Quinine and its salts - Number 41
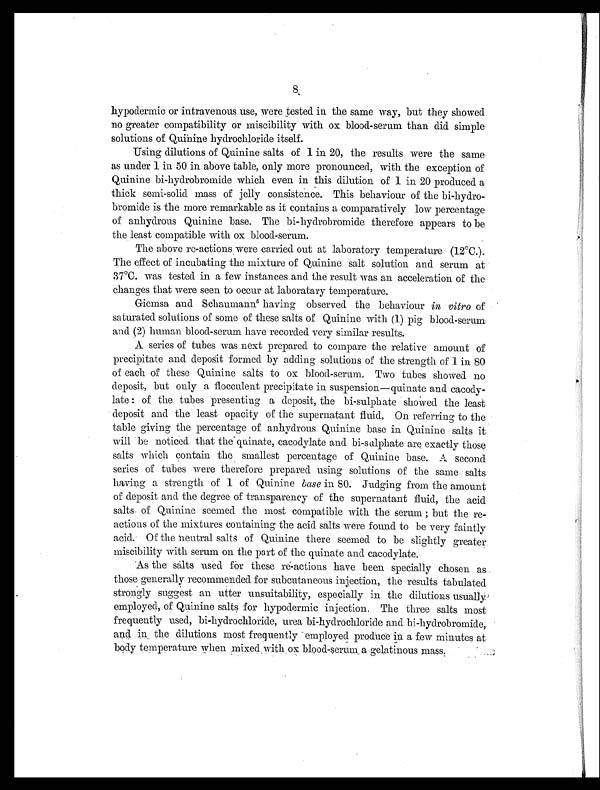
hypodermic or intravenous use, were tested in the same way, but they showed
no greater compatibility or miscibility with ox blood-serum than did simple
solutions of Quinine hydrochloride itself.
Using dilutions of Quinine salts of 1 in 20, the results were the same
as under 1 in 50 in above table, only more pronounced, with the exception of
Quinine bi-hydrobromide which even in this dilution of 1 in 20 produced a
thick semi-solid mass of jelly consistence. This behaviour of the bi-hydro-
bromide is the more remarkable as it contains a comparatively low percentage
of anhydrous Quinine base. The bi-hydrobromide therefore appears to be
the least compatible with ox blood-serum.
The above re-actions were carried out at laboratory temperature (12°C.).
The effect of incubating the mixture of Quinine salt solution and serum at
37°C. was tested in a few instances and the result was an acceleration of the
changes that were seen to occur at laboratory temperature.
Giemsa and Schaumann5 having observed the behaviour in vitro of
saturated solutions of some of these salts of Quinine with (1) pig blood-serum
and (2) human blood-serum have recorded very similar results.
A series of tubes was next prepared to compare the relative amount of
precipitate and deposit formed by adding solutions of the strength of 1 in 80
of each of these Quinine salts to ox blood-serum. Two tubes showed no
deposit, but only a flocculent precipitate in suspension—quinate and cacody-
late: of the tubes presenting a deposit, the bi-sulphate showed the least
deposit and the least opacity of the supernatant fluid. On referring to the
table giving the percentage of anhydrous Quinine base in Quinine salts it
will be noticed that the quinate, cacodylate and bi-sulphate are exactly those
salts which contain the smallest percentage of Quinine base. A second
series of tubes were therefore prepared using solutions of the same salts
having a strength of 1 of Quinine base in 80. Judging from the amount
of deposit and the degree of transparency of the supernatant fluid, the acid
salts of Quinine seemed the most compatible with the serum; but the re-
actions of the mixtures containing the acid salts were found to be very faintly
acid. Of the neutral salts of Quinine there seemed to be slightly greater
miscibility with serum on the part of the quinate and cacodylate.
As the salts used for these re-actions have been specially chosen as
those generally recommended for subcutaneous injection, the results tabulated
strongly suggest an utter unsuitability, especially in the dilutions usually
employed, of Quinine salts for hypodermic injection. The three salts most
frequently used, bi-hydrochloride, urea bi-hydrochloride and bi-hydrobromide,
and in the dilutions most frequently employed produce in a few minutes at
body temperature when mixed with ox blood-serum a gelatinous mass.